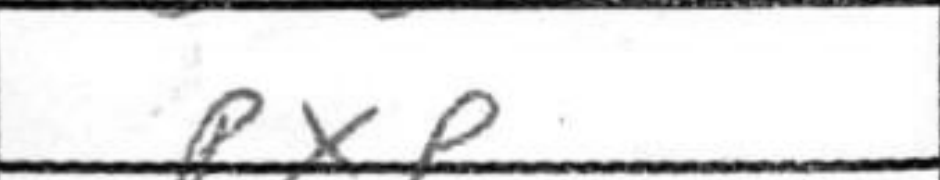
Transcription: PxP